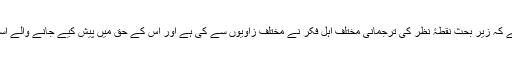
اس ضمن میں یہ بات تمہیداً واضح رہنی چاہیے کہ زیر بحث نقطۂ نظر کی ترجمانی مختلف اہل فکر نے مختلف زاویوں سے کی ہے اور اس کے حق میں پیش کیے جانے والے استدلال کے رنگ (shades) بھی مختلف ہیں۔